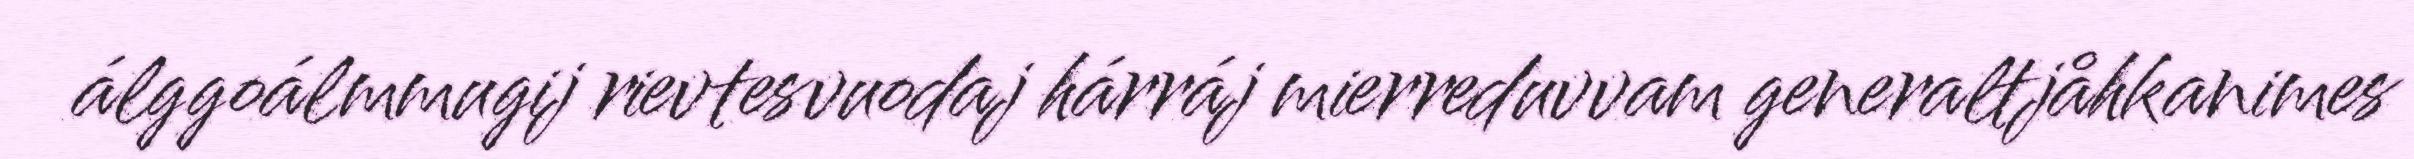
álggoálmmugij rievtesvuodaj hárráj mierreduvvam generaltjåhkanimes